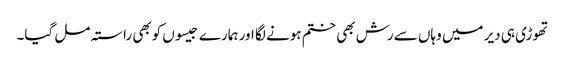
تھوڑی ہی دیر میں وہاں سے رش بھی ختم ہونے لگا اور ہمارے جیسوں کوبھی راستہ مل گیا۔